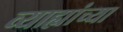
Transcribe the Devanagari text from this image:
व्याह्यांच्या